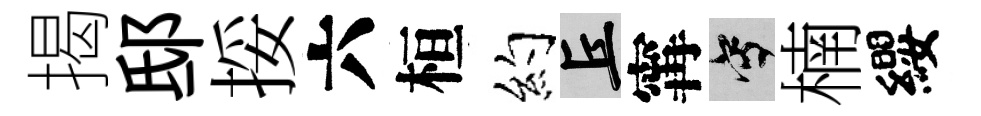
揭邸挼六桓约丘𡩋寫楠纓